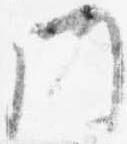
門